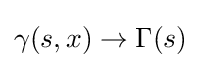
\gamma (s,x)\to \Gamma (s)